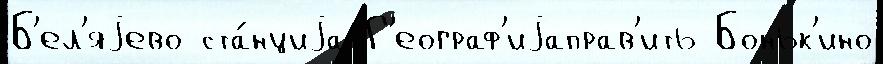
Б'ел'яjево ста́нциjа Г'еограф'иjаправ'ить Боньк'ино